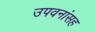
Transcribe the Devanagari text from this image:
उपवनांसह